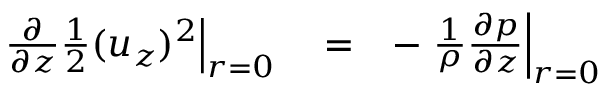
\begin{array} { r l r } { \left. { \frac { \partial } { \partial z } \frac { 1 } { 2 } ( u _ { z } ) ^ { 2 } } \right| _ { r = 0 } } & { { } = } & { - \left. { \frac { 1 } { \rho } \frac { \partial p } { \partial z } } \right| _ { r = 0 } } \end{array}